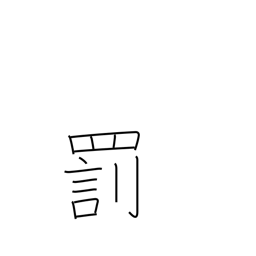
Meaning: penalty